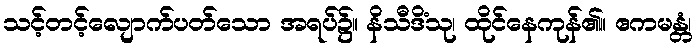
သင့်တင့်လျောက်ပတ်သော အရပ်၌။ နိသီဒိံသု၊ ထိုင်နေကုန်၏။ ဧကမန္တံ၊